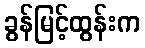
ခွန်မြင့်ထွန်းက